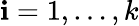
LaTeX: \mathbf{i}=1,\dots,k